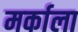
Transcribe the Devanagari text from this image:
मर्काला